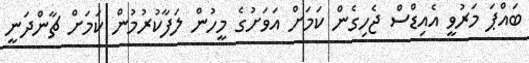
ބައްޕަ މަރުވީ އެއިޑްސް ޖެހިގެން ކަމަށް އަވަށުގެ މީހުން ލަފާކުރުމުން ކަމަށް ޗާންދަނީ